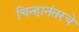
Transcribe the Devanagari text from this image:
चिन्हानंतरचे